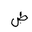
Letter: _dad